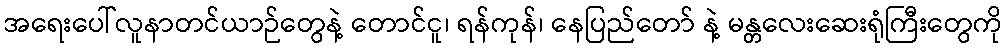
အရေးပေါ်လူနာတင်ယာဉ်တွေနဲ့ တောင်ငူ၊ ရန်ကုန်၊ နေပြည်တော် နဲ့ မန္တလေးဆေးရုံကြီးတွေကို